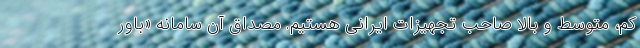
کم، متوسط و بالا صاحب تجهیزات ایرانی هستیم. مصداق آن سامانه «باور